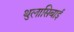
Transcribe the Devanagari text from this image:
थुलासिबाई